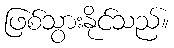
ဖြစ်သွားနိုင်သည်။